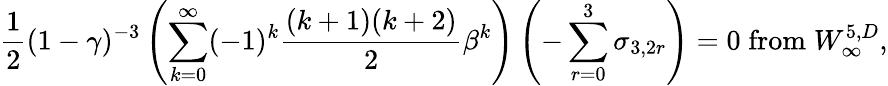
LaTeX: {\frac{1}{2}}(1-\gamma)^{-3}\left(\sum_{k=0}^{\infty}(-1)^{k}{\frac{(k+1)(k+2)}{2}}\beta^{k}\right)\left(-\sum_{r=0}^{3}\sigma_{3,2r}\right)=0\; \mathrm{from}\; W_{\infty}^{5,D},